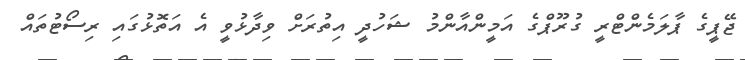
ޖޭޕީގެ ޕާލަމެންޓްރީ ގުރޫޕްގެ އަމީންއާންމު ޝަހުދީ އިތުރަށް ވިދާޅުވީ އެ އަތޮޅުގައި ރިސޯޓުތައް